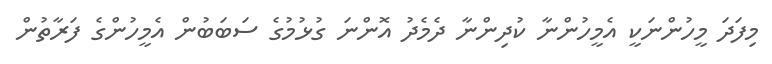
މިފަދަ މީހުންނަކީ އެމީހުންނާ ކުދިންނާ ދެމެދު އޮންނަ ގުޅުމުގެ ސަބަބުން އެމީހުންގެ ފަރާތުން